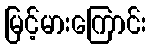
မြင့်မားကြောင်း